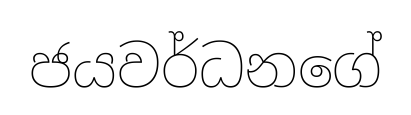
ජයවර්ධනගේ